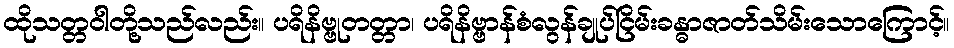
ထိုသတ္တဝါတို့သည်လည်း။ ပရိနိဗ္ဗုတတ္တာ၊ ပရိနိဗ္ဗာန်စံလွန်ချုပ်ငြိမ်းခန္ဓာဇာတ်သိမ်းသောကြောင့်။